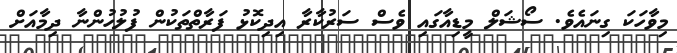
މިވާހަކަ ގިނައެވެ. ސޯޝަލް މީޑިއާގައި ވެސް ސަރުކާރާ އިދިކޮޅު ފަރާތްތަކުން ފުލުހުންނާ ދިމާއަށް